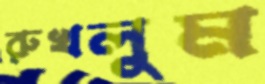
রুখলুম